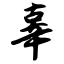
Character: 辜